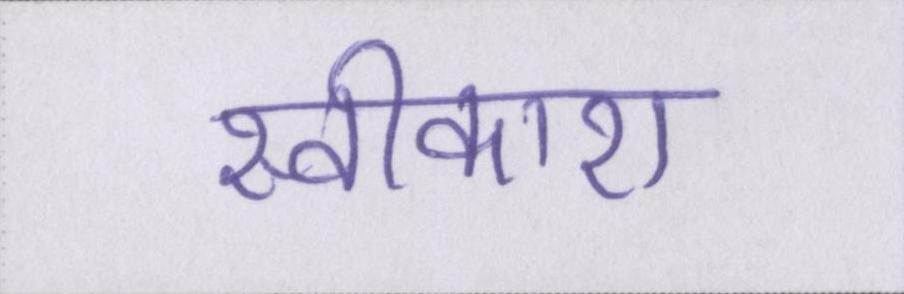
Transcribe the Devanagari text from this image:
स्वीकारा